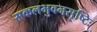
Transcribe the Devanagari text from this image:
सकलभुवनसृष्टिः